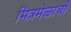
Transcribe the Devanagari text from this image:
मित्रमेळाची